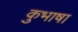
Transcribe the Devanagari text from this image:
कुभाषा